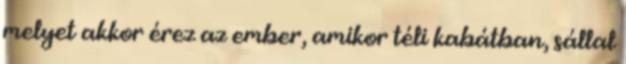
melyet akkor érez az ember, amikor téli kabátban, sállal